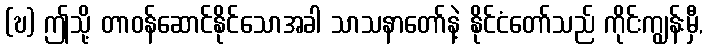
(ဎ) ဤသို့ တာဝန်ဆောင်နိုင်သောအခါ သာသနာတော်နဲ့ နိုင်ငံတော်သည် ကိုင်းကျွန်းမှီ,